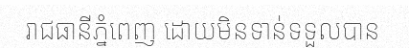
រាជធានីភ្នំពេញ ដោយមិនទាន់ទទួលបាន